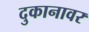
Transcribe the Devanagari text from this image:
दुकानावर